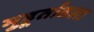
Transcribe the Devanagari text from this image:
मुहूर्तातला